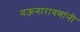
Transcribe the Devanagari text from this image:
नऊनारायणांनी